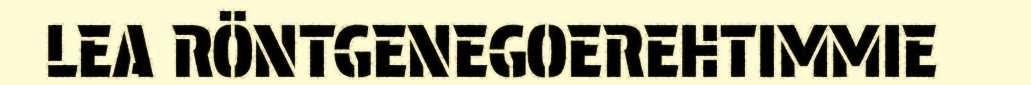
LEA RÖNTGENEGOEREHTIMMIE